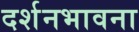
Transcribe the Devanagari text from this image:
दर्शनभावना